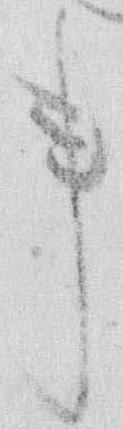
事